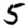
Digit: 5